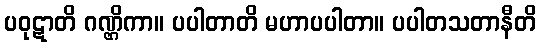
ပဝုဋာတိ ဂဏ္ဌိကာ။ ပပါတာတိ မဟာပပါတာ။ ပပါတသတာနီတိ